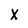
Character: x